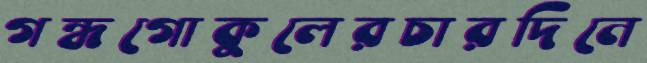
গন্ধগোকুলেরচারদিনে